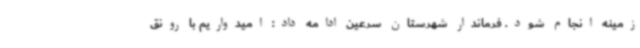
زمینه انجام شود. فرماندار شهرستان سرعین ادامه داد: امیدواریم با رونق